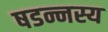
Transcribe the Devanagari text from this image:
षडन्नस्य